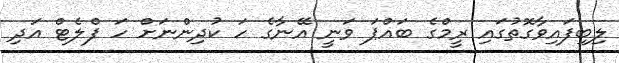
ލިބިފައިވާގޮތުގައި ރީމްގެ ބައްޕަ ވަނީ އޭނާގެ ހަ ކުދިންނަށް ހަ ފްލެޓް އަދި